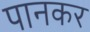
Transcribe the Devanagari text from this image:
पानकर